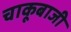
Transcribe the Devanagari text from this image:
चाकूबाजी